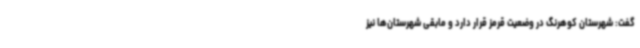
گفت: شهرستان کوهرنگ در وضعیت قرمز قرار دارد و مابقی شهرستان‌ها نیز